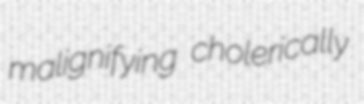
malignifying cholerically